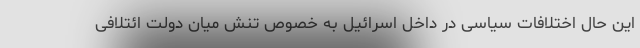
این حال اختلافات سیاسی در داخل اسرائیل به خصوص تنش میان دولت ائتلافی